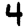
Digit: 4